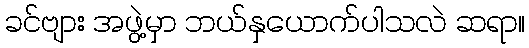
ခင်ဗျား အဖွဲ့မှာ ဘယ်နှယောက်ပါသလဲ ဆရာ။